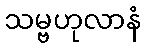
သမ္ဗဟုလာနံ